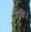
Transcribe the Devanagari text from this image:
रविः।